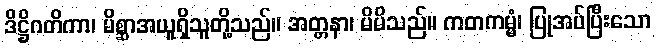
ဒိဋ္ဌိဂတိကာ၊ မိစ္ဆာအယူရှိသူတို့သည်။ အတ္တနာ၊ မိမိသည်။ ကတကမ္မံ၊ ပြုအပ်ပြီးသော